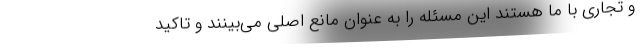
و تجاری با ما هستند این مسئله را به عنوان مانع اصلی می‌بینند و تاکید